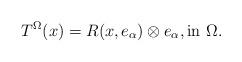
LaTeX: \begin{align*} T^\Omega (x) = R(x,e_\alpha) \otimes e_\alpha, \hbox{in } \Omega.\end{align*}